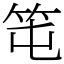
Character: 𥫱